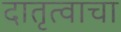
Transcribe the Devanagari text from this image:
दातृत्वाचा